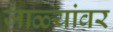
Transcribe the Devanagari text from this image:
जाळ्यांवर